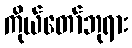
ကိုယ်တော်ဘုရား